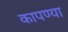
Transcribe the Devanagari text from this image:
कापण्या